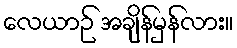
လေယာဉ် အချိန်မှန်လား။